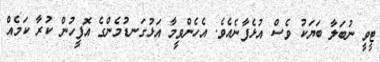
ޓީވީ ނުބަލާ ބަޔަކު ވެސް އުޅެފާނެއެވެ. އެހެންވީމާ އަޅުގަނޑުމެންގެ އޮފީހުން ކުރާ ކަމެއް